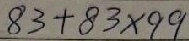
8 3 + 8 3 \times 9 9